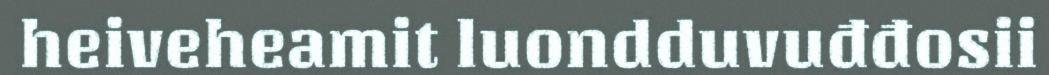
heiveheamit luondduvuđđosii